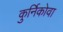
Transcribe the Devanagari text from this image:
कुर्निकोवा